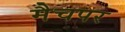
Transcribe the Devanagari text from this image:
मैचपर